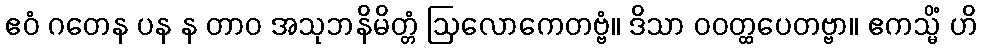
ဧဝံ ဂတေန ပန န တာဝ အသုဘနိမိတ္တံ ဩလောကေတဗ္ဗံ။ ဒိသာ ဝဝတ္ထပေတဗ္ဗာ။ ဧကသ္မိံ ဟိ